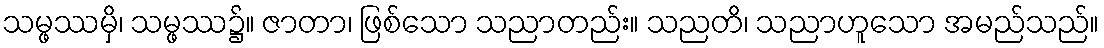
သမ္ဖဿမှိ၊ သမ္ဖဿ၌။ ဇာတာ၊ ဖြစ်သော သညာတည်း။ သညတိ၊ သညာဟူသော အမည်သည်။